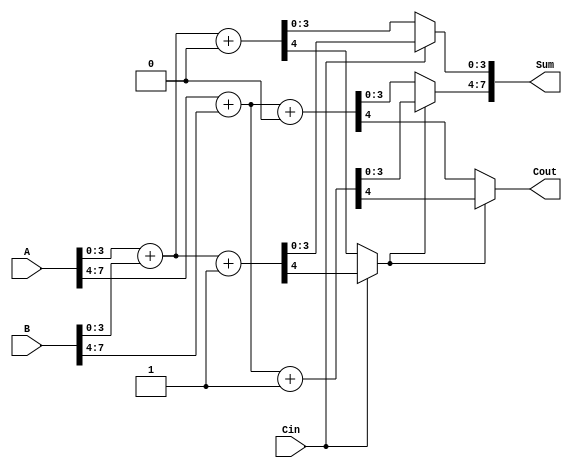
module hybrid_carry_select_adder (
    input [7:0] A,    // 8-bit input A
    input [7:0] B,    // 8-bit input B
    input Cin,        // Carry input
    output [7:0] Sum, // 8-bit sum output
    output Cout       // Carry output
);

    // Define intermediate signals
    wire [3:0] S0, S1, S4, S5; // Sums for segments
    wire C0, C1, C4, C5;       // Carries for segments

    // Segment 0 Sum and Carry (A[3:0] + B[3:0])
    assign {C0, S0} = A[3:0] + B[3:0] + 0; // Carry assuming Cin = 0
    assign {C1, S1} = A[3:0] + B[3:0] + 1; // Carry assuming Cin = 1

    // Segment 1 Sum and Carry (A[7:4] + B[7:4])
    assign {C4, S4} = A[7:4] + B[7:4] + 0; // Carry assuming Cin = 0
    assign {C5, S5} = A[7:4] + B[7:4] + 1; // Carry assuming Cin = 1

    // MUX for the first segment based on Cin
    wire [3:0] S_seg1;
    wire C_seg1;

    assign S_seg1 = (Cin == 0) ? S0 : S1;
    assign C_seg1 = (Cin == 0) ? C0 : C1;

    // MUX for the second segment based on carry out from the first segment
    wire [3:0] S_seg2;
    wire C_seg2;

    assign S_seg2 = (C_seg1 == 0) ? S4 : S5;
    assign C_seg2 = (C_seg1 == 0) ? C4 : C5;

    // Final sum and carry output
    assign Sum = {S_seg2, S_seg1};
    assign Cout = C_seg2;

endmodule